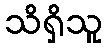
သိရှိသူ